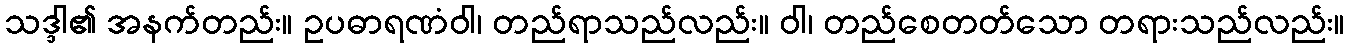
သဒ္ဒါ၏ အနက်တည်း။ ဥပဓာရဏံဝါ၊ တည်ရာသည်လည်း။ ဝါ၊ တည်စေတတ်သော တရားသည်လည်း။